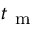
t _ { \mathrm { ~ m ~ } }